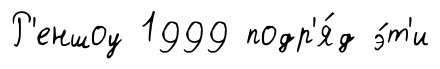
Р'еншоу 1999 подр'я́д э́т'и